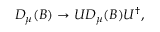
D _ { \mu } ( B ) \rightarrow U D _ { \mu } ( B ) U ^ { \dagger } ,